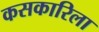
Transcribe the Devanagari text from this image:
कसकारिला